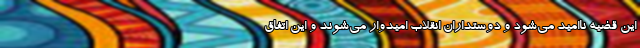
این قضیه ناامید می‌شود و دوستداران انقلاب امیدوار می‌شوند و این اتفاق